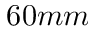
6 0 m m